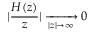
| \frac { H ( z ) } { z } | \xrightarrow [ | z | \rightarrow \infty ] { } 0